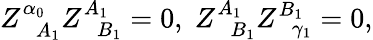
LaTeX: Z_{\; \; A_{1}}^{\alpha_{0}}Z_{\; \; B_{1}}^{A_{1}}=0,\; Z_{\; \; B_{1}}^{A_{1}}Z_{\; \; \gamma_{1}}^{B_{1}}=0,